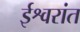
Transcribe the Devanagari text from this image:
ईश्वरांत